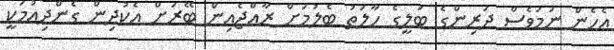
އެހެން ނަމަވެސް ދަރިންގެ ބަލީގެ ހާލަތު ބެލުމަށް ރާއްޖެއިން ބޭރަށް އެކުދިން ގެންދިއުމަކީ